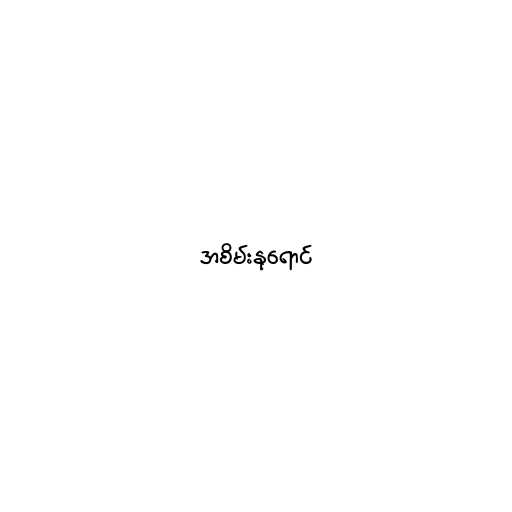
အစိမ်းနုရောင်